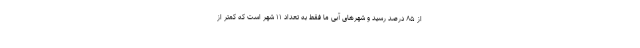
از ۸۵ درصد رسید و شهرهای آبی ما فقط به تعداد ۱۱ شهر است که کمتر از